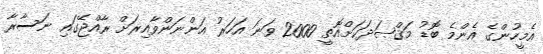
އެމީހުންގެ އެންމެ ބޮޑު މަޤްޞަދަކަށްއޮތީ 2000 ވަނަ އަހަރު އަންނަންވާއިރަށް ރާއްޖޭގައި ނަސާރާ